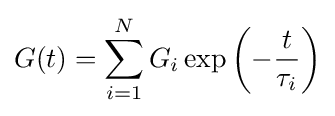
G(t)=\sum _{i=1}^{N}G_{i}\exp \left(-{\frac {t}{\tau _{i}}}\right)